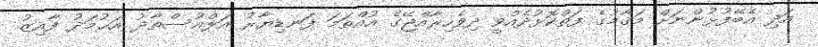
އަދި އެބޭފުޅުންނަށް މަޤާމުގެ ފަތްކޮޅުދެއްވީ ދިވެހިރާއްޖޭގެ އުއްތަމަ ފަނޑިޔާރު އަލްއުސްތާޛު އަޙުމަދު ފާއިޒު